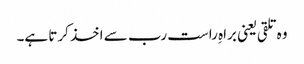
وہ تلقی یعنی براہِ راست رب سے اخذ کرتا ہے۔